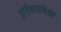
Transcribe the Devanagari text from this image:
आर्यभाषांपैकी